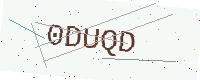
Text: 0DUQD